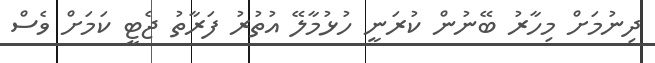
ދިނުމަށް މިހާރު ބޭނުން ކުރަނީ ހުޅުމާލޭ އުތުރު ފަރާތު ޖެޓީ ކަމަށް ވެސް